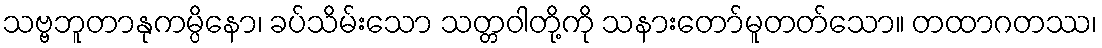
သဗ္ဗဘူတာနုကမ္ပိနော၊ ခပ်သိမ်းသော သတ္တဝါတို့ကို သနားတော်မူတတ်သော။ တထာဂတဿ၊